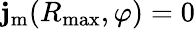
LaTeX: \mathbf{j}_{\mathrm{{m}}}(R_{\mathrm{{max}}},\varphi)=0